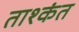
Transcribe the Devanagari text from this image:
ताश्कंत